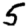
Digit: 5